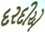
દરદીએ